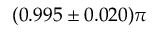
( 0 . 9 9 5 \pm 0 . 0 2 0 ) \pi